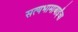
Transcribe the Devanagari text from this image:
सत्यभामाबाईंचा